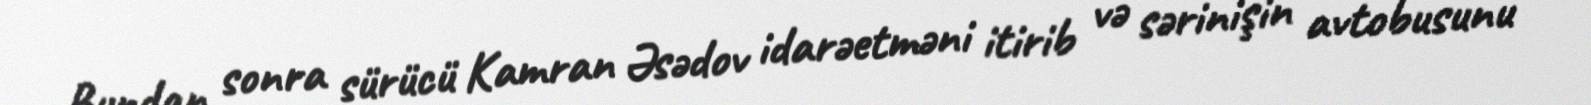
Bundan sonra sürücü Kamran Əsədov idarəetməni itirib və sərinişin avtobusunu